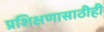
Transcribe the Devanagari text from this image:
प्रशिक्षणासाठीही